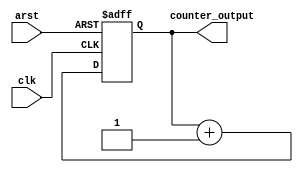
/*--  *******************************************************
--  Computer Architecture Course, Laboratory Sources 
--  Amirkabir University of Technology (Tehran Polytechnic)
--  Department of Computer Engineering (CE-AUT)
--  https://ce[dot]aut[dot]ac[dot]ir
--  *******************************************************
--  All Rights reserved (C) 2019-2020
--  *******************************************************
--  Student ID  : 
--  Student Name: 
--  Student Mail: 
--  *******************************************************
--  Additional Comments:
--
--*/

/*-----------------------------------------------------------
---  Module Name: Cool Heat System Utils
---  Description: Module3:
-----------------------------------------------------------*/
`timescale 1 ns/1 ns

/***********************************************************/
/************** Design Your Own Modules Below **************/

module Counter_8bit(
	input arst	,		// reset [asynch]
	input clk	,		// clock [posedge]
	output reg [7:0] counter_output
);

	always @(posedge clk or posedge arst)
		if (arst)
			counter_output <= 8'b00000000;
		else
			counter_output <= counter_output + 1;
		
	
endmodule

	
/************** Design Your Own Modules Above **************/
/***********************************************************/